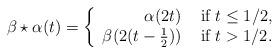
LaTeX: \begin{align*}\beta \star \alpha(t)= \left\{ \begin{array}{rl} \alpha(2t) &\mbox{ if $t \leq 1/2$,} \\ \beta(2(t-\frac{1}{2})) &\mbox{ if $t>1/2$.} \end{array} \right. \end{align*}